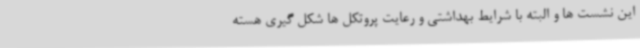
این نشست ها و البته با شرایط بهداشتی و رعایت پروتکل ها شکل گیری هسته